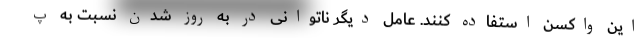
این واکسن استفاده کنند. عامل دیگر ناتوانی در به روز شدن نسبت به پ